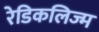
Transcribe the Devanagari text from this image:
रेडिकलिज्म